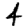
Digit: 4